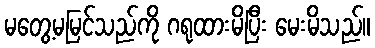
မတွေ့မမြင်သည်ကို ဂရုထားမိပြီး မေးမိသည်။